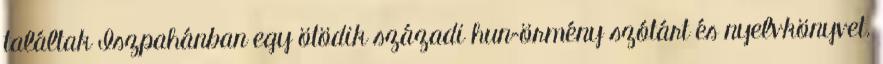
találtak Iszpahánban egy ötödik századi hun–örmény szótárt és nyelvkönyvet.